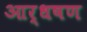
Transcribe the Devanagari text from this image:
आर्धषण